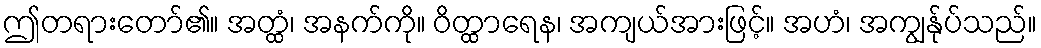
ဤတရားတော်၏။ အတ္ထံ၊ အနက်ကို။ ဝိတ္ထာရေန၊ အကျယ်အားဖြင့်။ အဟံ၊ အကျွန်ုပ်သည်။